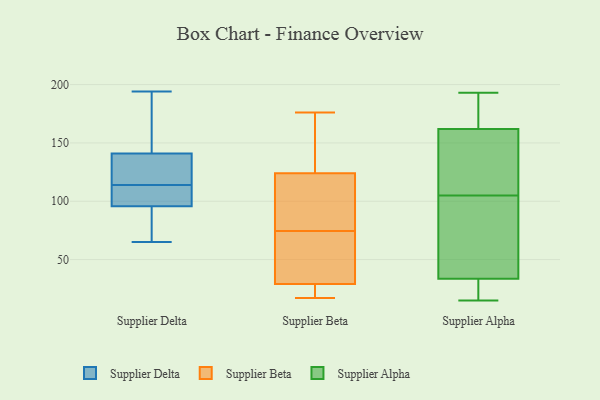
{"axis": {"x": "Temperature (°C)", "y": "Value"}, "legend": ["Supplier Alpha", "Supplier Beta", "Supplier Delta"], "data": [{"x": "", "y": 121, "type": "Supplier Delta"}, {"x": "", "y": 139, "type": "Supplier Delta"}, {"x": "", "y": 132, "type": "Supplier Delta"}, {"x": "", "y": 98, "type": "Supplier Delta"}, {"x": "", "y": 73, "type": "Supplier Delta"}, {"x": "", "y": 89, "type": "Supplier Delta"}, {"x": "", "y": 113, "type": "Supplier Delta"}, {"x": "", "y": 80, "type": "Supplier Delta"}, {"x": "", "y": 194, "type": "Supplier Delta"}, {"x": "", "y": 176, "type": "Supplier Delta"}, {"x": "", "y": 114, "type": "Supplier Delta"}, {"x": "", "y": 103, "type": "Supplier Delta"}, {"x": "", "y": 114, "type": "Supplier Delta"}, {"x": "", "y": 65, "type": "Supplier Delta"}, {"x": "", "y": 115, "type": "Supplier Delta"}, {"x": "", "y": 173, "type": "Supplier Delta"}, {"x": "", "y": 147, "type": "Supplier Delta"}, {"x": "", "y": 23, "type": "Supplier Beta"}, {"x": "", "y": 60, "type": "Supplier Beta"}, {"x": "", "y": 29, "type": "Supplier Beta"}, {"x": "", "y": 176, "type": "Supplier Beta"}, {"x": "", "y": 59, "type": "Supplier Beta"}, {"x": "", "y": 17, "type": "Supplier Beta"}, {"x": "", "y": 169, "type": "Supplier Beta"}, {"x": "", "y": 101, "type": "Supplier Beta"}, {"x": "", "y": 25, "type": "Supplier Beta"}, {"x": "", "y": 119, "type": "Supplier Beta"}, {"x": "", "y": 77, "type": "Supplier Beta"}, {"x": "", "y": 124, "type": "Supplier Beta"}, {"x": "", "y": 169, "type": "Supplier Beta"}, {"x": "", "y": 84, "type": "Supplier Beta"}, {"x": "", "y": 127, "type": "Supplier Beta"}, {"x": "", "y": 72, "type": "Supplier Beta"}, {"x": "", "y": 58, "type": "Supplier Beta"}, {"x": "", "y": 23, "type": "Supplier Beta"}, {"x": "", "y": 29, "type": "Supplier Alpha"}, {"x": "", "y": 159, "type": "Supplier Alpha"}, {"x": "", "y": 35, "type": "Supplier Alpha"}, {"x": "", "y": 117, "type": "Supplier Alpha"}, {"x": "", "y": 46, "type": "Supplier Alpha"}, {"x": "", "y": 105, "type": "Supplier Alpha"}, {"x": "", "y": 177, "type": "Supplier Alpha"}, {"x": "", "y": 188, "type": "Supplier Alpha"}, {"x": "", "y": 99, "type": "Supplier Alpha"}, {"x": "", "y": 105, "type": "Supplier Alpha"}, {"x": "", "y": 193, "type": "Supplier Alpha"}, {"x": "", "y": 22, "type": "Supplier Alpha"}, {"x": "", "y": 162, "type": "Supplier Alpha"}, {"x": "", "y": 151, "type": "Supplier Alpha"}, {"x": "", "y": 17, "type": "Supplier Alpha"}, {"x": "", "y": 15, "type": "Supplier Alpha"}, {"x": "", "y": 162, "type": "Supplier Alpha"}]}